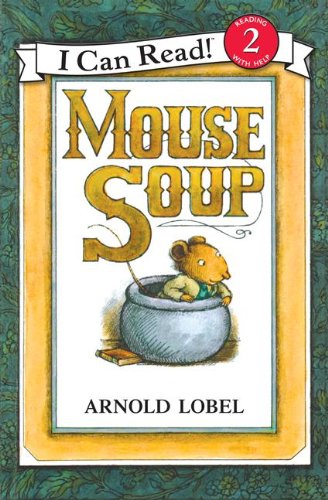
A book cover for Mouse Soup; Arnold Lobel; Children's Books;